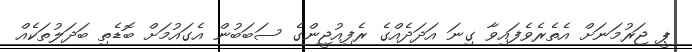
ޕީ ޖަރުމަނަށް އެތެރެވެފައިވާ ގިނަ އަދަދެއްގެ ރެފިއުޖީންގެ ސަބަބުން އެގައުމަށް ބޮޑެތި ބަދަލުތަކެއް